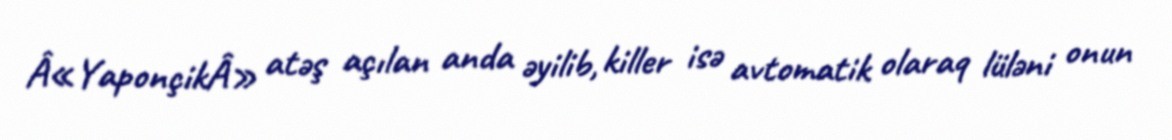
Â«YaponçikÂ» atəş açılan anda əyilib, killer isə avtomatik olaraq lüləni onun